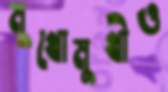
মুখোমুখীও